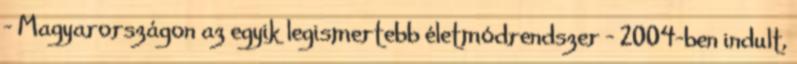
- Magyarországon az egyik legismertebb életmódrendszer - 2004-ben indult,